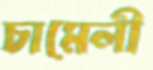
চামেলী